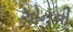
એનની